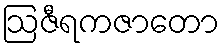
ဩဇီရကဇာတော